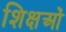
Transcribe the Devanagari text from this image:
शिक्षओं